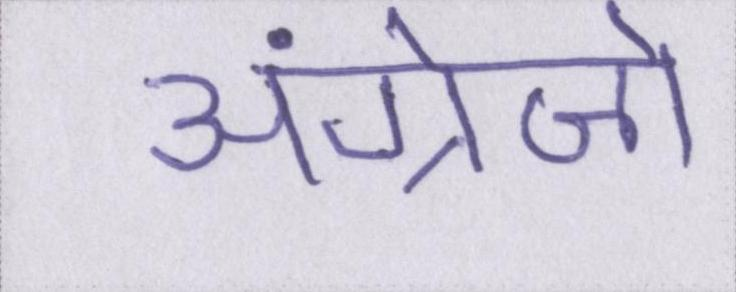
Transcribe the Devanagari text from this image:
अंग्रेज़ो